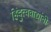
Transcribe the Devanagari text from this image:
हिंदुत्ववाद्यांनी